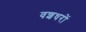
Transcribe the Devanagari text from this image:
वशधरों